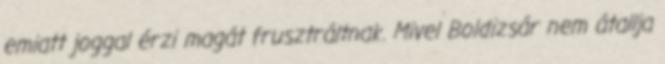
emiatt joggal érzi magát frusztráltnak. Mivel Boldizsár nem átallja